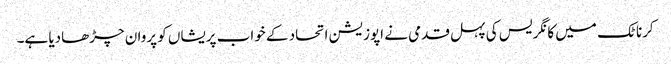
کرناٹک میں کانگریس کی پہل قدمی نے اپوزیشن اتحاد کے خواب پریشاں کو پروان چڑھادیا ہے۔